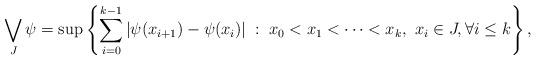
LaTeX: \begin{align*}\bigvee_J \psi = \sup \left\{ \sum_{i=0}^{k-1} |\psi(x_{i+1}) - \psi(x_i)| \; : \; x_0 < x_1 < \cdots < x_k,\ x_i \in J, \forall i \le k \right\} , \end{align*}